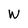
Character: W